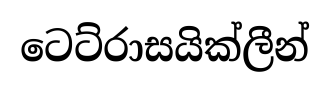
ටෙට්රාසයික්ලීන්